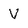
Character: V